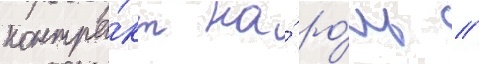
контра́кт на́ ро́ль /